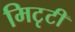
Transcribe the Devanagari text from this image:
मिटृटी